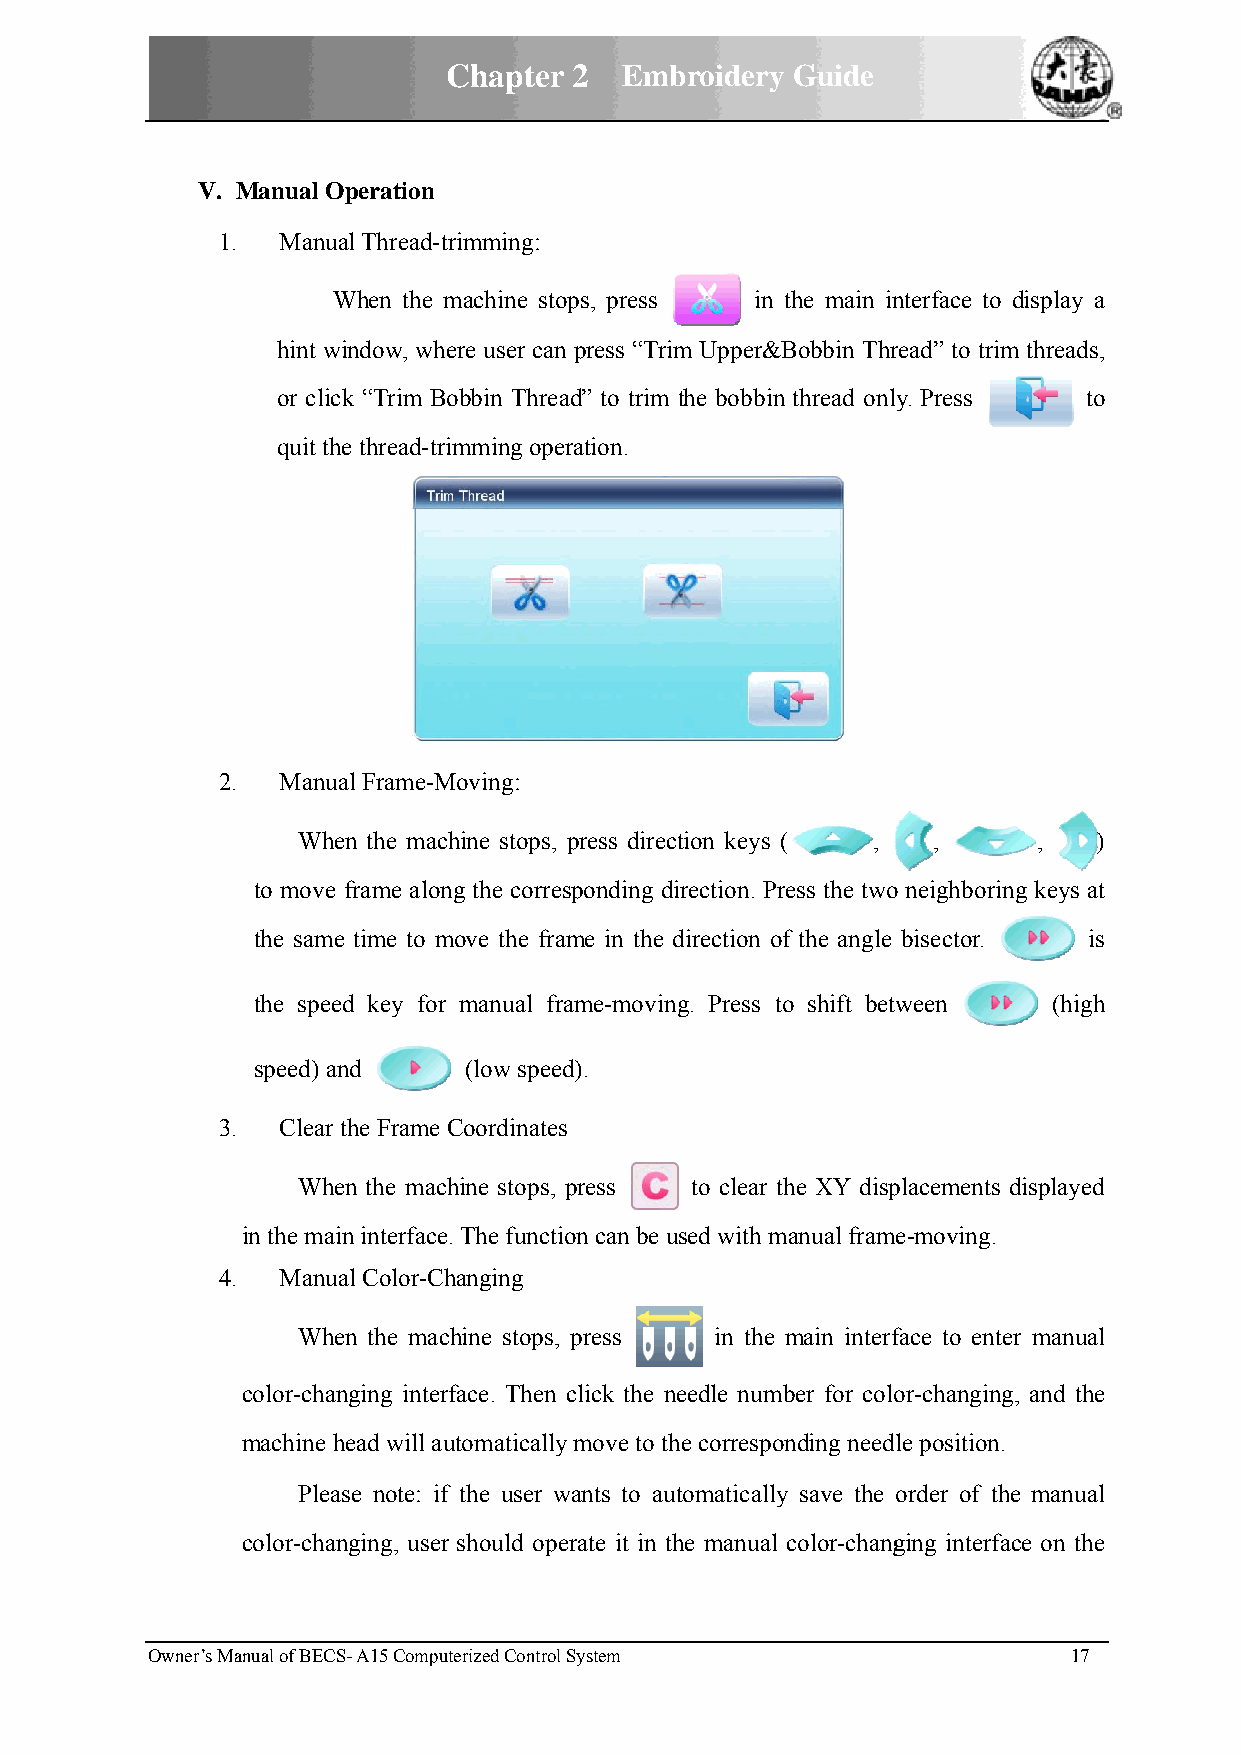
CChapterr 2 Embbroidery Guide
 V. Manual OOperation
 11. Manuual Thread-trrimming:
 WWhen the mmachine stoops, press in tthe main innterface to display a
 hint wwindow, wheere user cann press “Trim Upper&BBobbin Thrread” to trimm threads,
 or clicck “Trim Boobbin Threaad” to trim the bobbinn thread onlyy. Press to
 quit thhe thread-triimming opeeration.
 22. Manuual Frame-MMoving:
 Wheen the machhine stops, press direcction keys (( , , , )
 to move frame alonng the correesponding ddirection. Prress the twoo neighborinng keys at
 the samee time to mmove the fraame in the direction off the angle bisector. is
 the speeed key for manual frrame-movinng. Press too shift betwween (high
 speed) aand   (low speeed).
 33. Clear the Frame CCoordinatess
 Wheen the machhine stops, press to clear thhe XY dispplacements displayed
 in the maiin interface. The functiion can be uused with mmanual framee-moving.
 44. Manuual Color-Chhanging
 Wheen the macchine stops, press in the main interfface to enteer manual
 color-channging interface. Then click the nneedle numbber for coloor-changingg, and the
 machine hhead will auutomaticallyy move to thhe corresponnding needlle position.
 Pleaase note: iff the user wwants to auutomaticallyy save the oorder of thhe manual
 color-channging, userr should opeerate it in thhe manual color-changging interfaace on the
 Owner’s MManual of BECS- A15 Computerized Controll System    17